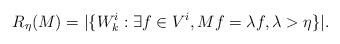
LaTeX: \begin{align*}R_\eta(M) = |\{ W_k^i : \exists f \in V^i, Mf = \lambda f, \lambda > \eta\}|.\end{align*}